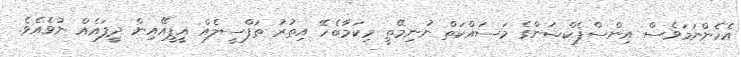
އެހެންނަމަވެސް އިންސްޕެކްޝަންގެ މަސައްކަތް ނުނިމޭތީ މިކަމާބެހޭ އިތުރު ތަފްސީލެއް އީޕީއޭއިން ދީފައެއް ނުވެއެވެ.